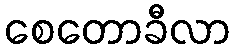
စေတောခီလာ